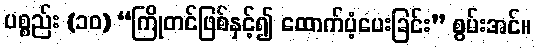
ပစ္စည်း (၁၀) “ကြိုတင်ဖြစ်နှင့်၍ ထောက်ပံ့ပေးခြင်း” စွမ်းအင်။